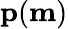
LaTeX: \mathbf{p}(\mathbf{m})